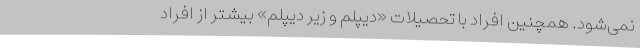
نمی‌شود. همچنین افراد با تحصیلات «دیپلم و زیر دیپلم» بیشتر از افراد